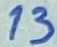
Text: 13